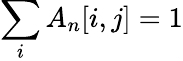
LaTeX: \sum_{i}{A_{n}[i,j]}=1